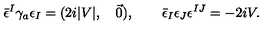
\bar { \epsilon } ^ { I } \gamma _ { a } \epsilon _ { I } = ( 2 i | V | , \quad \vec { 0 } ) , \qquad \bar { \epsilon } _ { I } \epsilon _ { J } \epsilon ^ { I J } = - 2 i V .